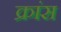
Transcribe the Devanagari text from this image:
क्रांस